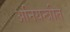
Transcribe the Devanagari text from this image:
अनियन्त्रीत